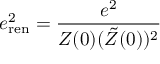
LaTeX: e _ { \mathrm { r e n } } ^ { 2 } = { \frac { e ^ { 2 } } { Z ( 0 ) ( \tilde { Z } ( 0 ) ) ^ { 2 } } }